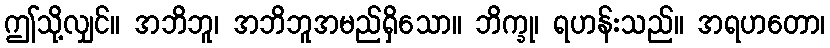
ဤသို့လျှင်။ အဘိဘူ၊ အဘိဘူအမည်ရှိသော။ ဘိက္ခု၊ ရဟန်းသည်။ အရဟတော၊